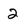
Character: 2